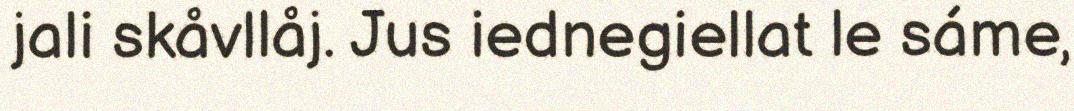
jali skåvllåj. Jus iednegiellat le sáme,